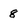
Character: 8